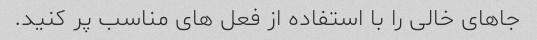
جاهای خالی را با استفاده از فعل های مناسب پر کنید.